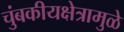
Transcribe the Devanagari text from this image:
चुंबकीयक्षेत्रामुळे